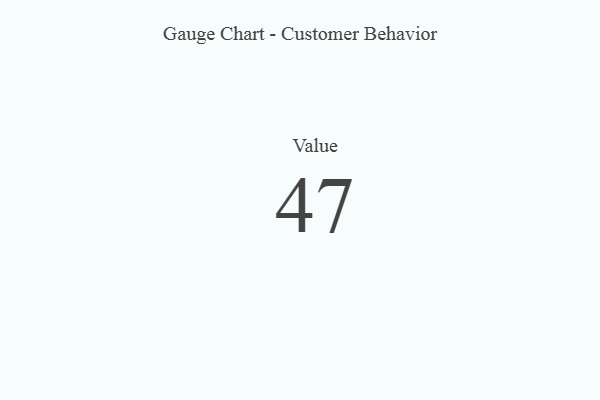
{"axis": {"x": "Metric", "y": "Value"}, "legend": [""], "data": [{"x": "Value", "y": 47, "type": ""}]}